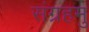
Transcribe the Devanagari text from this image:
संग्रहमु